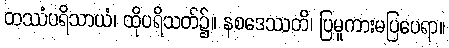
တဿံပရိသာယံ၊ ထိုပရိသတ်၌။ နစဒေဿတိ၊ ပြမူကားမပြပေရာ။